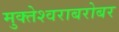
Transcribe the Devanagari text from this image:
मुक्तेश्वराबरोबर